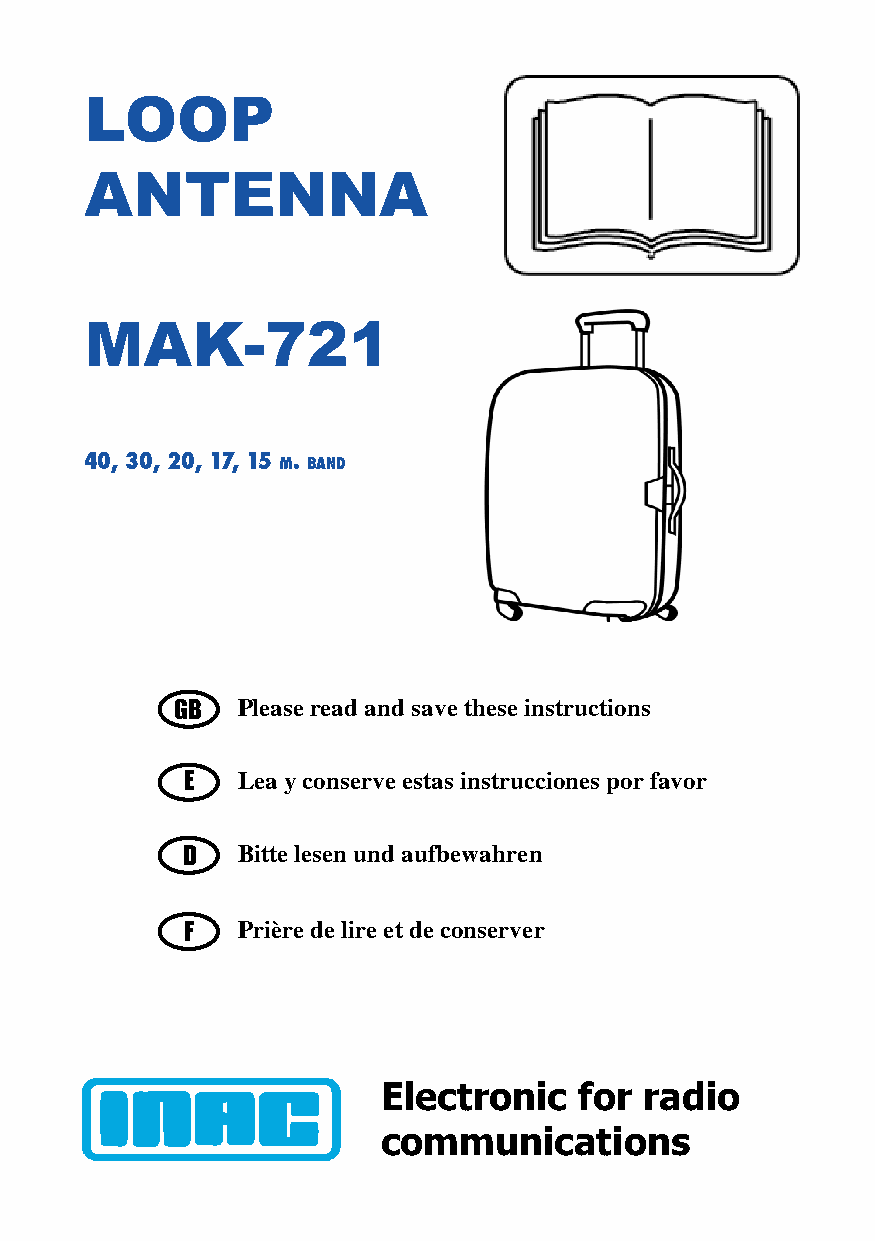
LOOP
 ANTENNA
 MAK-721
 40, 30, 20, 17, 15 m. band
 GB  Please read and save these instructions
 E   Lea y conserve estas instrucciones por favor
 D   Bitte lesen und aufbewahren
 F   Prière de lire et de conserver
 Electronic   for  radio
 communications